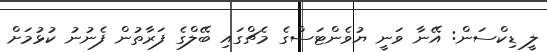
ލީ ޑިކްސަން: އޭނާ ވަނީ ޔުވެންޓަސްގެ މެޗްގައި ބޭލްގެ ފަރާތުން ފެނުނު ކުޅުމަށް